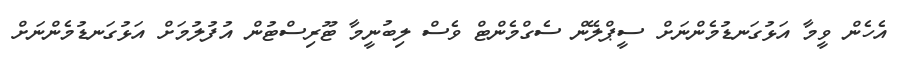
އެހެން ވީމާ އަޅުގަނޑުމެންނަށް ސީޕްލޭން ސެގްމެންޓް ވެސް ލިބުނީމާ ޓޫރިސްޓުން އުފުލުމަށް އަޅުގަނޑުމެންނަށް